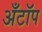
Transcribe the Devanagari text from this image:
अँटॉप